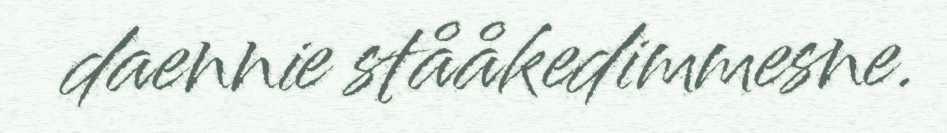
daennie stååkedimmesne.